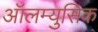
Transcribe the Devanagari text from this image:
ऑलम्युसिक